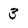
Character: 3